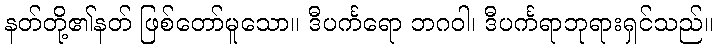
နတ်တို့၏နတ် ဖြစ်တော်မူသော။ ဒီပင်္ကရော ဘဂဝါ၊ ဒီပင်္ကရာဘုရားရှင်သည်။